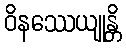
ဝိနဿေယျုန္တိ